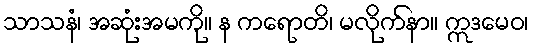
သာသနံ၊ အဆုံးအမကို။ န ကရောတိ၊ မလိုက်နာ။ ဣဒမေဝ၊